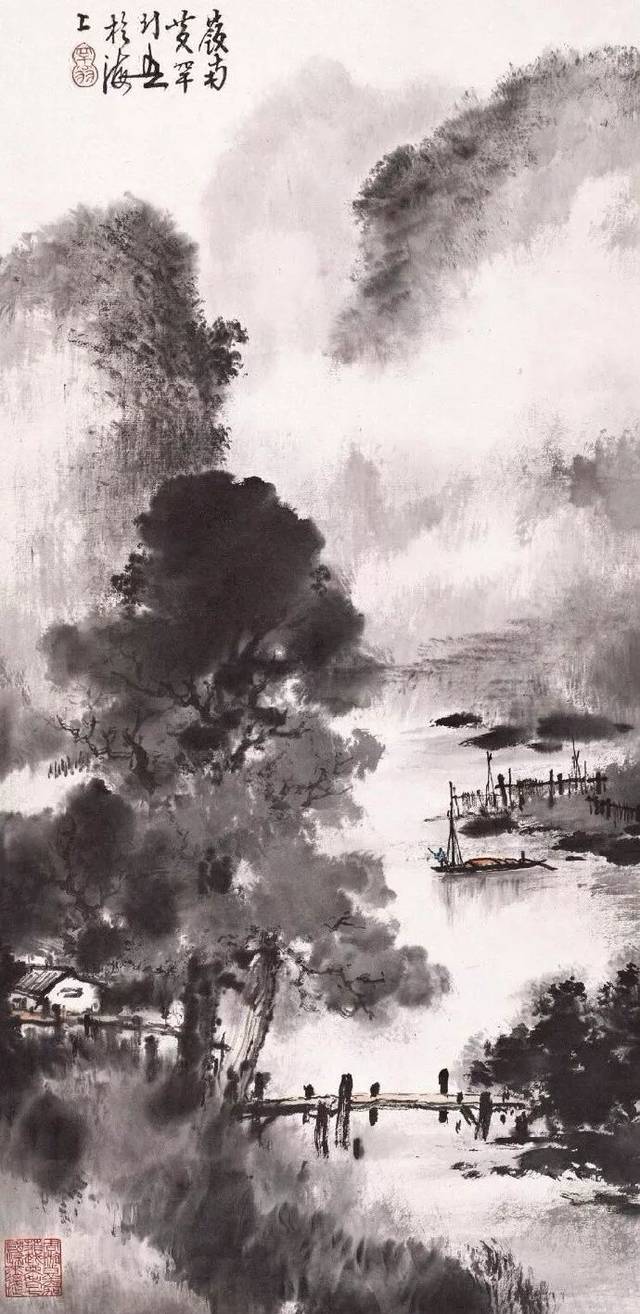
淮南秋雨夜，高斋闻雁来。